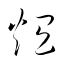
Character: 熅